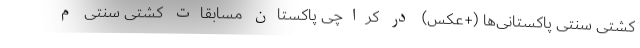
کشتی سنتی پاکستانی‌ها (+عکس) در کراچی پاکستان مسابقات کشتی سنتی م